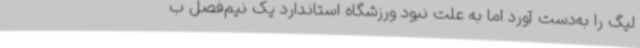
لیگ را به‌دست آورد اما به علت نبود ورزشگاه استاندارد یک نیم‌فصل ب